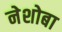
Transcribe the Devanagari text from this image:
नेशोबा